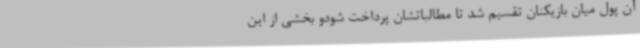
آن پول میان بازیکنان تقسیم شد تا مطالباتشان پرداخت شودو بخشی از این